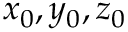
x _ { 0 } , y _ { 0 } , z _ { 0 }